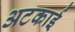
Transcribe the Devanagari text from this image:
अटकाई